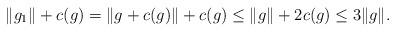
LaTeX: \begin{align*}\|g_1\|+c(g)=\|g+c(g)\|+c(g)\leq \|g\|+2c(g)\leq 3\|g\|. \end{align*}